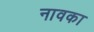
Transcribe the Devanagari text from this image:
नावका